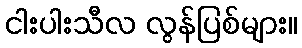
ငါးပါးသီလ လွန်ပြစ်များ။